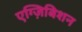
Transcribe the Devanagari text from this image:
एग्ज़िबिशन